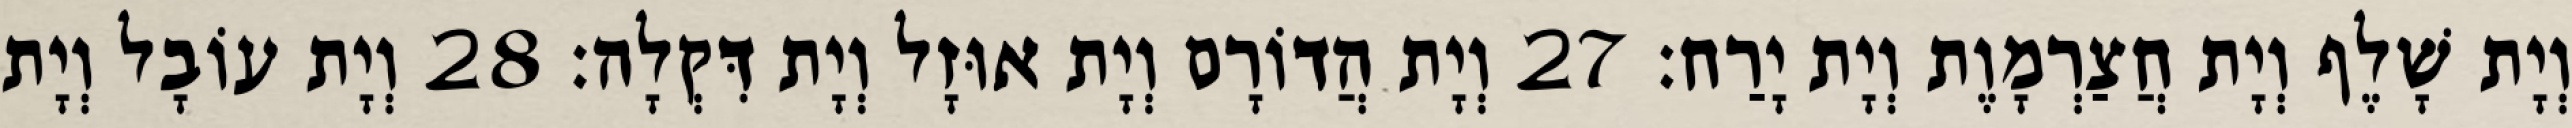
וְיָת שָׁלֶף וְיָת חֲצַרְמָוֶת וְיָת יָרַח׃ 27 וְיָת הֲדוֹרָם וְיָת אוּזָל וְיָת דִּקְלָה׃ 28 וְיָת עוֹבָל וְיָת